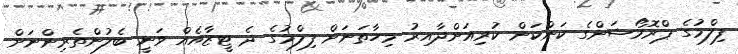
ފިލްމުގެ ޕްރޮމޯޝަންގެ ކަންކަން ކުރިއަށްދާއިރު މިހާތަނަށް ފިލްމުގެ ދެ ޓީޒާއެއް ވަނީ ބެލުންތެރިންނަށް